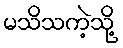
မသိသကဲ့သို့